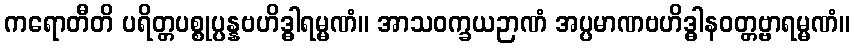
ကရောတီတိ ပရိတ္တပစ္စုပ္ပန္နဗဟိဒ္ဓါရမ္မဏံ။ အာသဝက္ခယဉာဏံ အပ္ပမာဏဗဟိဒ္ဓါနဝတ္တဗ္ဗာရမ္မဏံ။